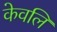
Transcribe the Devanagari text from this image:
केवलि